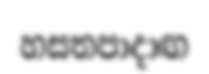
හසතපාදාඟ